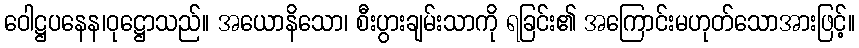
ဝေါဋ္ဌပနေန၊ဝုဋ္ဌောသည်။ အယောနိသော၊ စီးပွားချမ်းသာကို ရခြင်း၏ အကြောင်းမဟုတ်သောအားဖြင့်။